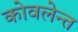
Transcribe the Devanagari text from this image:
कोवलेन्त